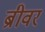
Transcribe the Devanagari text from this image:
ब्रीवर